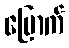
ပြောက်